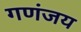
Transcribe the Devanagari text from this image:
गणंजय